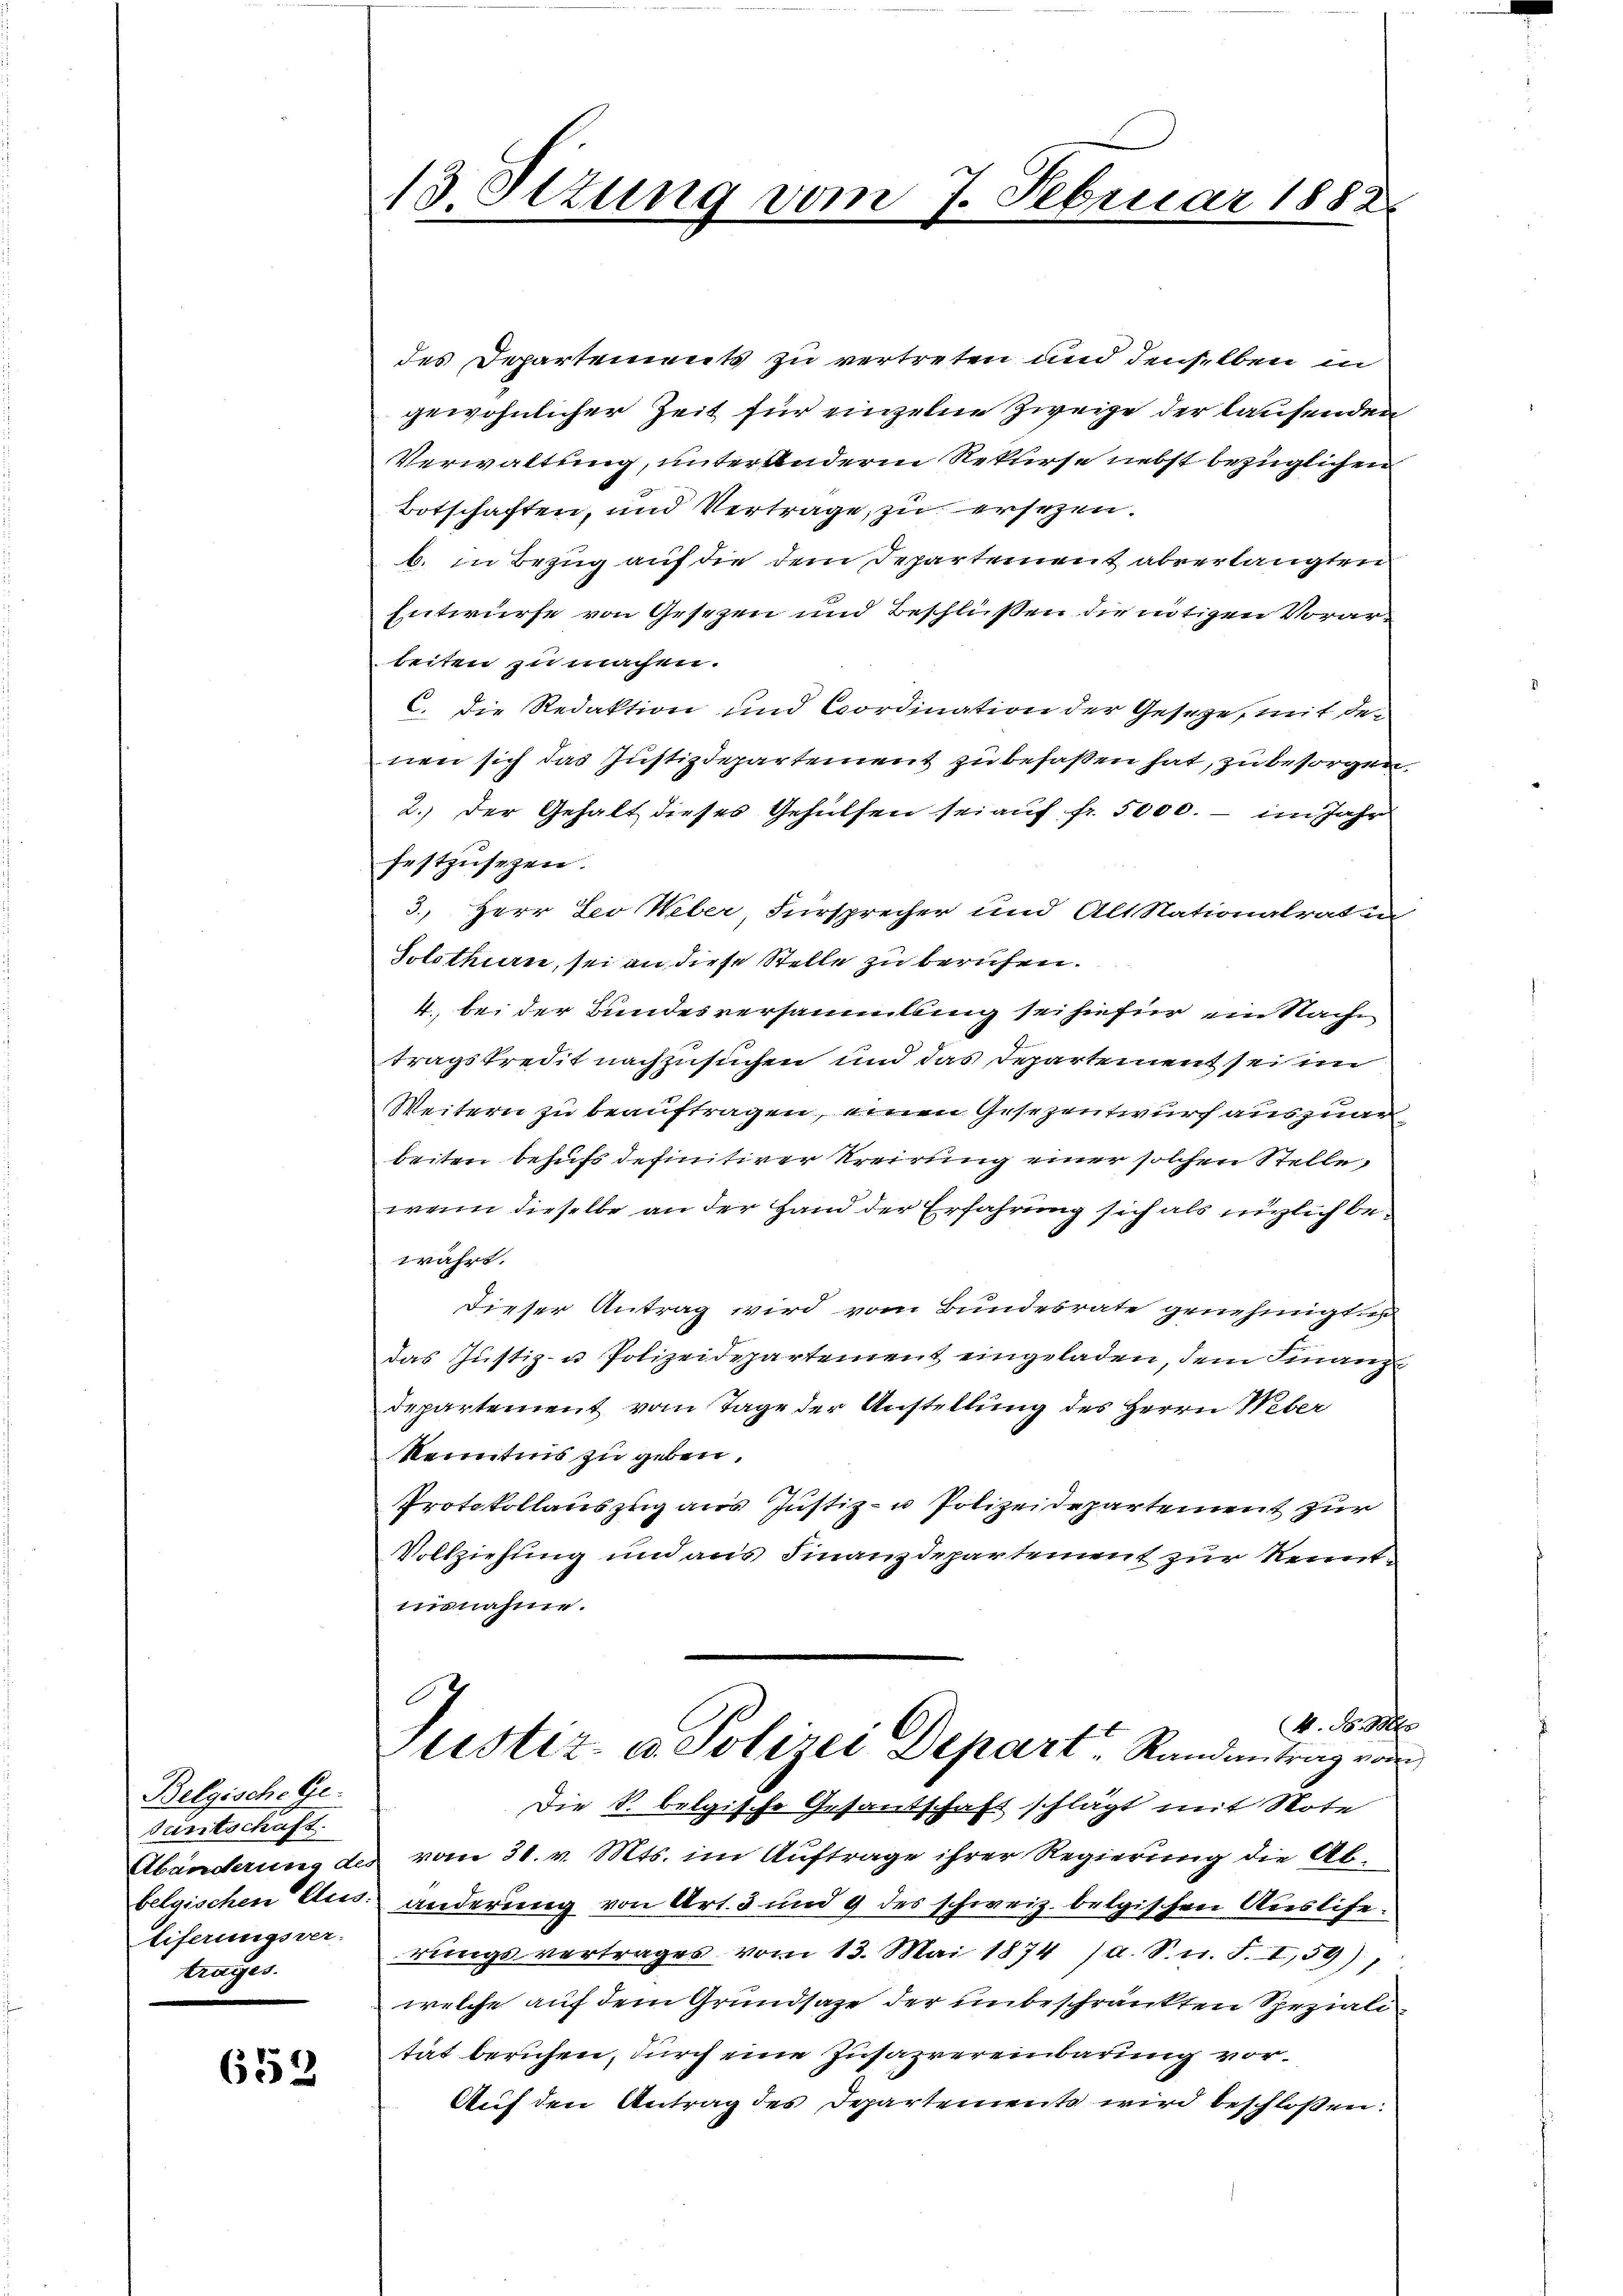
Belgische Ge-
Funtschaft
Abänderung des
Eiferungsver-
trages.

653

13. Sizung vom 7. Februar 1882

des Departements zu vertreten und denselben in
gewöhnlicher Zeit für einzelne Zweige der laufenden
Verwaltung, unter andere Rekurse nebst bezüglichen
Botschaften, und Vertrage, zu ersezen.
b. in Bezug auf die dem Departement abverlangten
Entwurfe von Gesezen und Beschlüssen die nötigen Vorarbeiten zu machen.
C. die Redaktion und Cordination der Geseze, mit de-
nen sich das Justizdepartement zu besaßen hat, zu besorgen.
2.) Der Gehalt dieses Gehülfen sei auf fr. 5000. - im Jahr
festzusehen.
3.) Herr Leo Weber, Fürsprecher und Alt Stationalraten
Solothurn, sei an diese Stelle zu berufen.
4., bei der Bundesversammlung sei hiefür ein Sache
tragskredit nachzusuchen und das Departement sei im
Weitern zu beauftragen, einen Gesezentwurf auszuarbeiten behufs definitiver Kreirung einer solchen Stelle,
wenn dieselbe an der Hand der Erfahrung sich als nüglich bewahrt.
dieser Antrag wird vom Bundesrate genehmigt u
das Justiz- u Polizeidepartement eingeladen, dem Finanz
departement vom Tage der Anstellung des Herrn Weber
Kenntnis zu geben.
Protokollauszug aus Justiz- u Polizeidepartement zur
Vollziehung und aus Finanzdepartement zur Kenntnisnahme.
.
(v. 18. Mts
Justiz- u. Polizei Depart Randantrag von
Die S. belgische Gesandschaft schlägt mit Note
vom 31. v. Mts. im Auftrage ihrer Regierung die Abbelgischen Aus anderung von Art. 3 und 9 des schweiz. belgischen Ausliferŭngsvertrages vom 13. Mai 1874 /d. S. n. F. I,59),
welche auf dem Grundsaze der unbeschränkten Speziali
tät beruhen, durch eine Zusazvereinbarung vor¬
Auf den Antrag des Departements wird beschlossen: